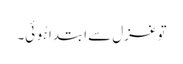
تو غزل سے ابتدا ہُوئی۔